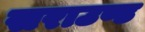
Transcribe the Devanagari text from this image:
सराउण्ड